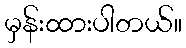
မှန်းထားပါတယ်။